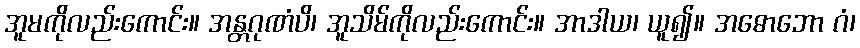
အူမကိုလည်းကောင်း။ အန္တဂုဏံပိ၊ အူသိမ်ကိုလည်းကောင်း။ အာဒါယ၊ ယူ၍။ အဓောဘော ဂံ၊